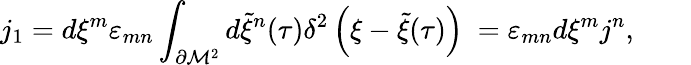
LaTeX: j_{1}=d\xi^{m}\varepsilon_{mn}\int_{\partial{\cal M}^{2}}d{\tilde{\xi}}^{n}(\tau)\delta^{2}\left(\xi-{\tilde{\xi}}(\tau)\right)~=\varepsilon_{mn}d\xi^{m}j^{n},\qquad